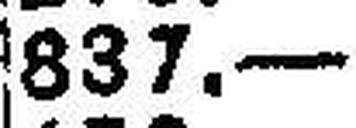
837.—